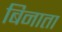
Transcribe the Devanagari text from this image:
बिनाता